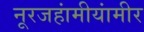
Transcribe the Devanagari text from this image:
नूरजहांमीयांमीर